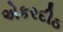
એકરદીઠ